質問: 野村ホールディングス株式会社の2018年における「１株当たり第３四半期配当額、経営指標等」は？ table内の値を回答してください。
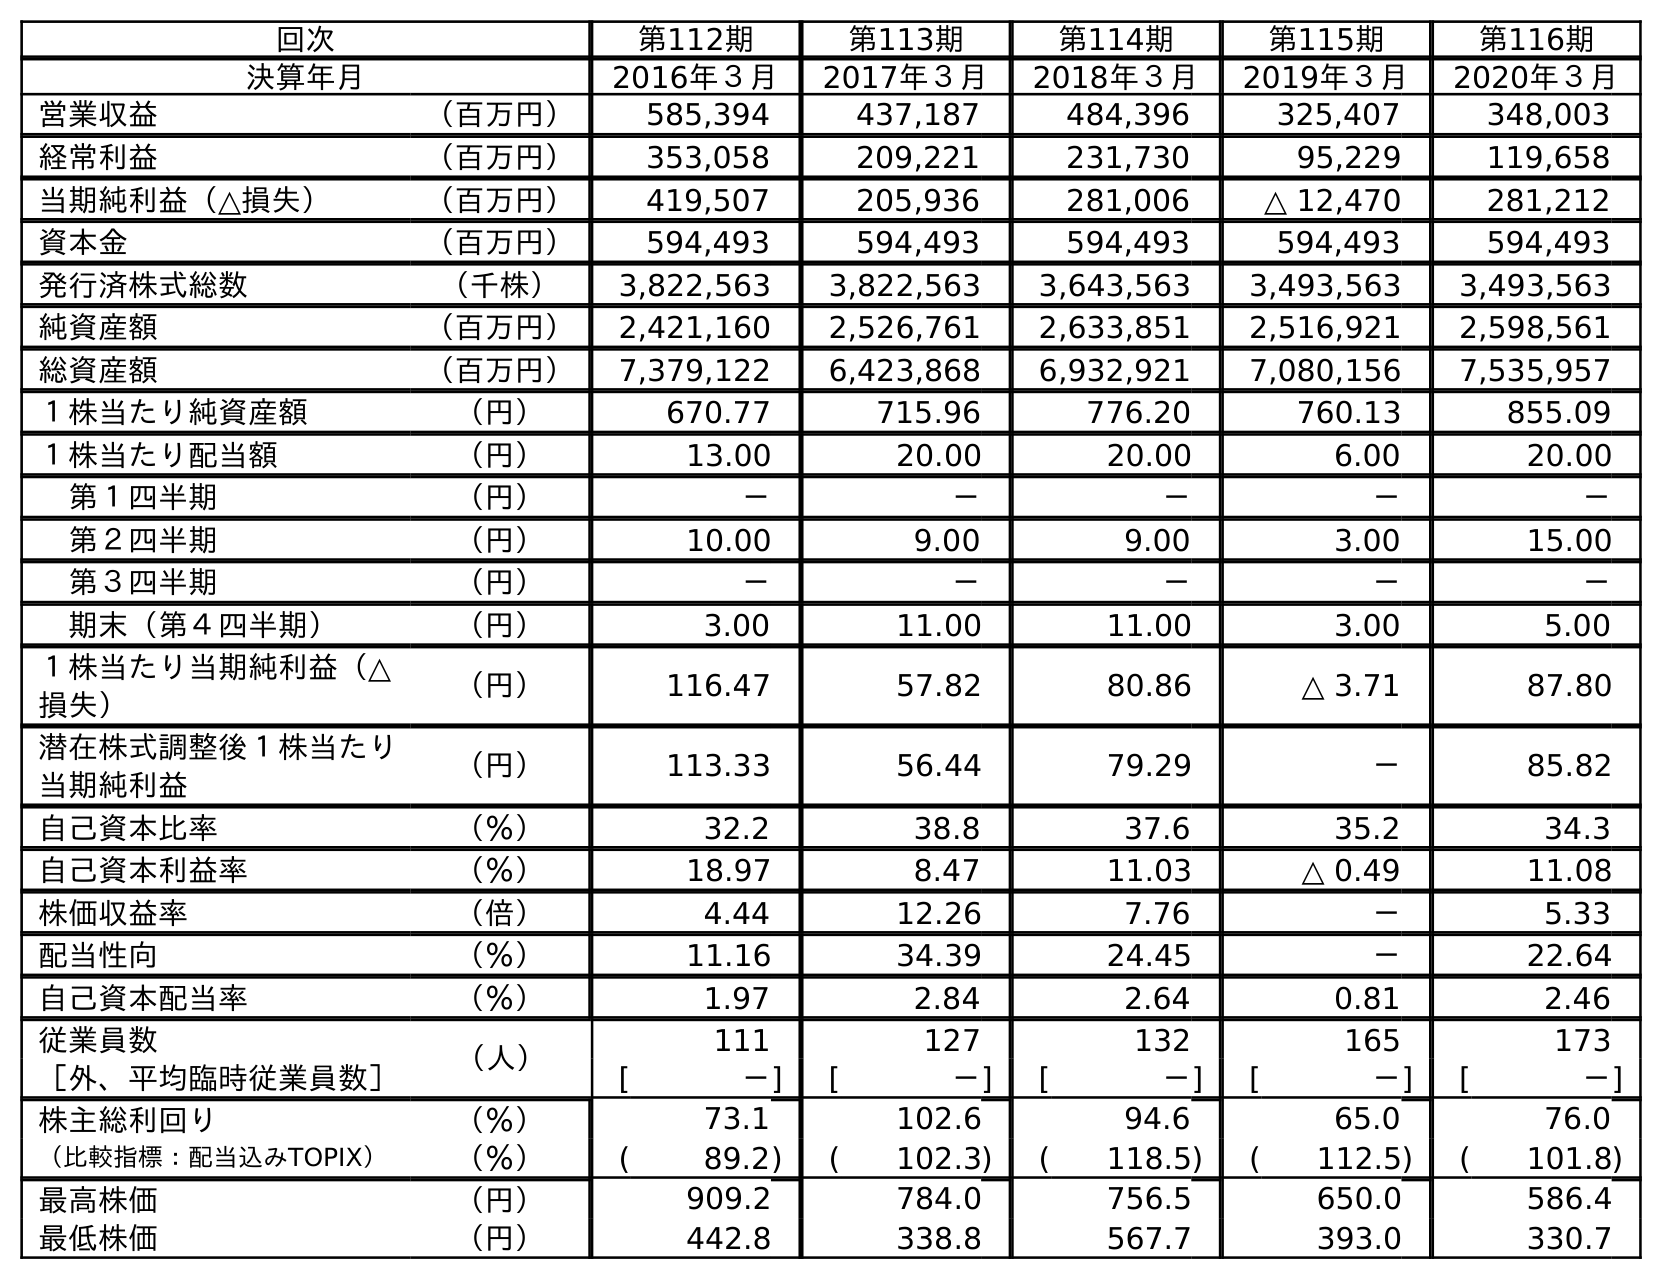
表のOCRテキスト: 回次 第112期 第113期 第114期 第115期 第116期 決算年月 2016年３月 2017年３月 2018年３月 2019年３月 2020年３月 営業収益 （百万円） 585,394 437,187 484,396 325,407 348,003 経常利益 （百万円） 353,058 209,221 231,730 95,229 119,658 当期純利益（△損失） （百万円） 419,507 205,936 281,006 △ 12,470 281,212 資本金 （百万円） 594,493 594,493 594,493 594,493 594,493 発行済株式総数 （千株） 3,822,563 3,822,563 3,643,563 3,493,563 3,493,563 純資産額 （百万円） 2,421,160 2,526,761 2,633,851 2,516,921 2,598,561 総資産額 （百万円） 7,379,122 6,423,868 6,932,921 7,080,156 7,535,957 １株当たり純資産額 （円） 670.77 715.96 776.20 760.13 855.09 １株当たり配当額 （円） 13.00 20.00 20.00 6.00 20.00 第１四半期 （円） － － － － － 第２四半期 （円） 10.00 9.00 9.00 3.00 15.00 第３四半期 （円） － － － － － 期末（第４四半期） （円） 3.00 11.00 11.00 3.00 5.00 １株当たり当期純利益（△ 損失） （円） 116.47 57.82 80.86 △ 3.71 87.80 潜在株式調整後１株当たり 当期純利益 （円） 113.33 56.44 79.29 － 85.82 自己資本比率 （％） 32.2 38.8 37.6 35.2 34.3 自己資本利益率 （％） 18.97 8.47 11.03 △ 0.49 11.08 株価収益率 （倍） 4.44 12.26 7.76 － 5.33 配当性向 （％） 11.16 34.39 24.45 － 22.64 自己資本配当率 （％） 1.97 2.84 2.64 0.81 2.46 従業員数 （人） 111 127 132 165 173 ［外、平均臨時従業員数］ [ －] [ －] [ －] [ －] [ －] 株主総利回り （％） 73.1 102.6 94.6 65.0 76.0 （比較指標：配当込みTOPIX） （％） ( 89.2) ( 102.3) ( 118.5) ( 112.5) ( 101.8) 最高株価 （円） 909.2 784.0 756.5 650.0 586.4 最低株価 （円） 442.8 338.8 567.7 393.0 330.7
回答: －